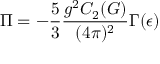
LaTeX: \Pi = - \frac { 5 } { 3 } \frac { g ^ { 2 } C _ { 2 } ( G ) } { ( 4 \pi ) ^ { 2 } } \Gamma ( \epsilon )